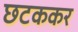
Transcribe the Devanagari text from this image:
छटककर